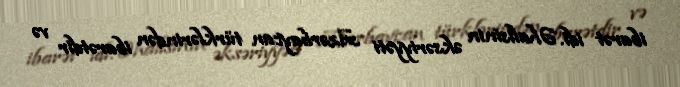
ibarət idi. Əhalisinin əksəriyyəti Azərbaycan türklərindən ibarətdir və